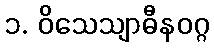
၁. ဝိသေသျာဓီနဝဂ္ဂ